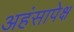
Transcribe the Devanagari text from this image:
अहंसापेक्ष